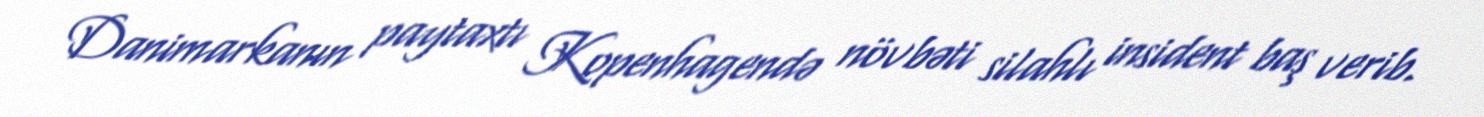
Danimarkanın paytaxtı Kopenhagendə növbəti silahlı insident baş verib.